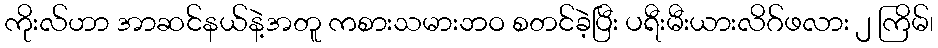
ကိုးလ်ဟာ အာဆင်နယ်နဲ့အတူ ကစားသမားဘဝ စတင်ခဲ့ပြီး ပရီးမီးယားလိဂ်ဖလား ၂ ကြိမ်၊